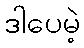
ဒါပေမဲ့